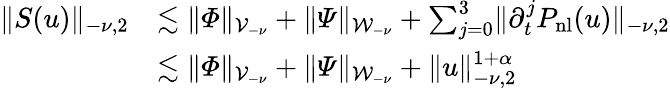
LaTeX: \begin{array}{rl}{\lVert S(u)\rVert_{-\nu,2}}&{\lesssim\lVert\varPhi\rVert_{\mathcal{V}_{-\nu}}+\lVert\varPsi\rVert_{\mathcal{W}_{-\nu}}+\sum_{j=0}^{3}\lVert\partial_{t}^{j}P_{\mathrm{nl}}(u)\rVert_{-\nu,2}}\\ &{\lesssim\lVert\varPhi\rVert_{\mathcal{V}_{-\nu}}+\lVert\varPsi\rVert_{\mathcal{W}_{-\nu}}+\lVert u\rVert_{-\nu,2}^{1+\alpha}}\end{array}